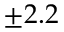
\pm 2 . 2